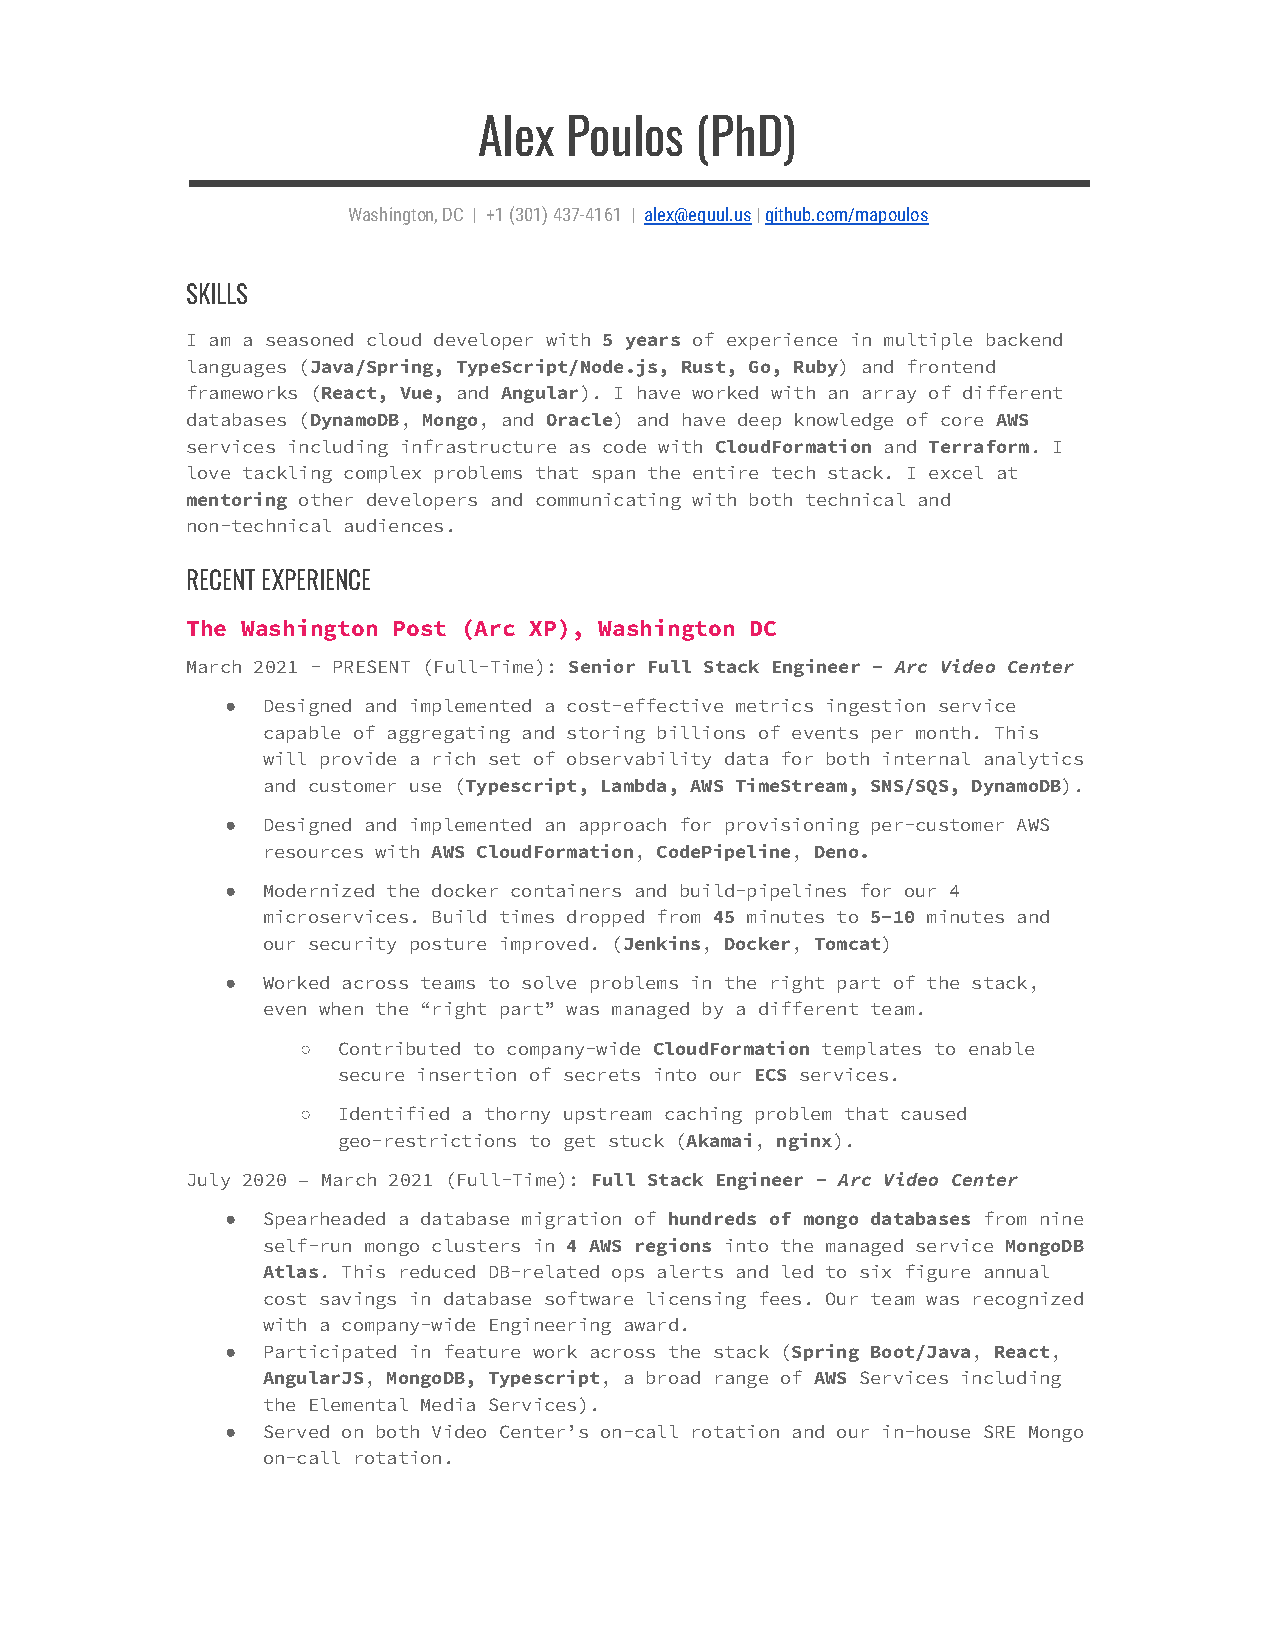
Alex Poulos   (PhD)
 Washington, DC | +1 (301) 437-4161 | alex@equul.us|github.com/mapoulos
 SKILLS
 I am a seasoned cloud developer with 5 years of experience in multiple backend
 languages (Java/Spring, TypeScript/Node.js, Rust, Go, Ruby) and frontend
 frameworks (React, Vue, and Angular). I have worked with an array of different
 databases (DynamoDB, Mongo, and Oracle) and have deep knowledge of core AWS
 services including infrastructure as code with CloudFormation and Terraform. I
 love tackling complex problems that span the entire tech stack. I excel at
 mentoring other developers and communicating with both technical and
 non-technical audiences.
 RECENT EXPERIENCE
 The Washington Post (Arc XP), Washington DC
 March 2021 - PRESENT (Full-Time): Senior Full Stack Engineer - Arc Video Center
 ● Designed and implemented a cost-effective metrics ingestion service
 capable of aggregating and storing billions of events per month. This
 will provide a rich set of observability data for both internal analytics
 and customer use (Typescript, Lambda, AWS TimeStream, SNS/SQS, DynamoDB).
 ● Designed and implemented an approach for provisioning per-customer AWS
 resources with AWS CloudFormation, CodePipeline, Deno.
 ● Modernized the docker containers and build-pipelines for our 4
 microservices. Build times dropped from 45 minutes to 5-10 minutes and
 our security posture improved. (Jenkins, Docker, Tomcat)
 ● Worked across teams to solve problems in the right part of the stack,
 even when the “right part” was managed by a different team.
 ○ Contributed to company-wide CloudFormation templates to enable
 secure insertion of secrets into our ECS services.
 ○ Identified a thorny upstream caching problem that caused
 geo-restrictions to get stuck (Akamai, nginx).
 July 2020 – March 2021 (Full-Time): Full Stack Engineer - Arc Video Center
 ● Spearheaded a database migration of hundreds of mongo databases from nine
 self-run mongo clusters in 4 AWS regions into the managed service MongoDB
 Atlas. This reduced DB-related ops alerts and led to six figure annual
 cost savings in database software licensing fees. Our team was recognized
 with a company-wide Engineering award.
 ● Participated in feature work across the stack (Spring Boot/Java, React,
 AngularJS, MongoDB, Typescript, a broad range of AWS Services including
 the Elemental Media Services).
 ● Served on both Video Center’s on-call rotation and our in-house SRE Mongo
 on-call rotation.